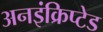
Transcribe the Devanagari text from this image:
अनइंक्रिप्टेड